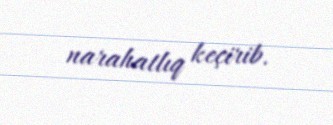
narahatlıq keçirib.